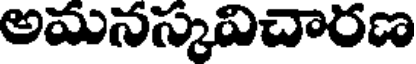
అమనస్కవిచారణ